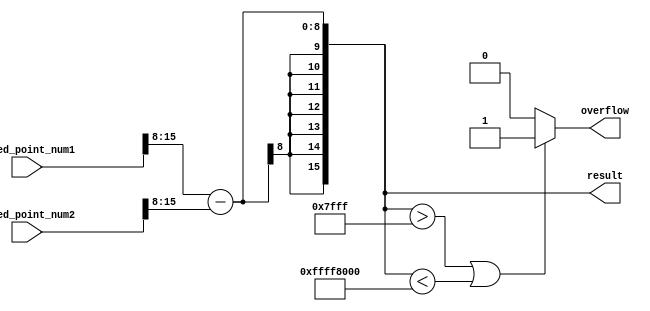
module fixed_point_subtractor (
  input [15:0] fixed_point_num1,
  input [15:0] fixed_point_num2,
  output reg [15:0] result,
  output reg overflow
);
  
  reg [15:0] int_num1;
  reg [15:0] int_num2;
  
  always @* begin
    int_num1 = fixed_point_num1 >> 8; // Convert fixed-point num1 to integer
    int_num2 = fixed_point_num2 >> 8; // Convert fixed-point num2 to integer
    
    result = int_num1 - int_num2;
    
    if(result > 32767 || result < -32768) // Check for overflow conditions
      overflow = 1;
    else
      overflow = 0;
  end
  
endmodule